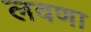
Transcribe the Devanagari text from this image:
लवणा